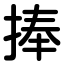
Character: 捧